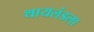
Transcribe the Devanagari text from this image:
थायलंडला